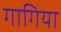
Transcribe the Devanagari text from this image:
गागिया